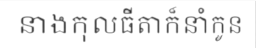
នាងកុលធីតាក៏នាំកូន